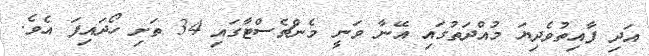
އަދި ފާއިތުވެދިޔަ މުއްދަތުގައި އޭނާ ވަނީ މެންޗެސްޓާގައި 34 ތަށި ހޯދައިފަ އެވެ.